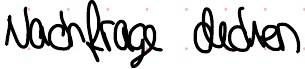
Nachfrage decken